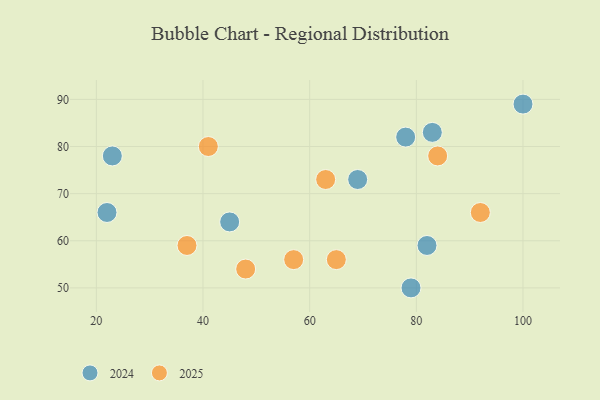
{"axis": {"x": "GDP", "y": "Life Expectancy"}, "legend": ["2024", "2025"], "data": [{"x": "83", "y": 83, "type": "2024"}, {"x": "23", "y": 78, "type": "2024"}, {"x": "45", "y": 64, "type": "2024"}, {"x": "69", "y": 73, "type": "2024"}, {"x": "22", "y": 66, "type": "2024"}, {"x": "82", "y": 59, "type": "2024"}, {"x": "100", "y": 89, "type": "2024"}, {"x": "78", "y": 82, "type": "2024"}, {"x": "79", "y": 50, "type": "2024"}, {"x": "84", "y": 78, "type": "2025"}, {"x": "65", "y": 56, "type": "2025"}, {"x": "48", "y": 54, "type": "2025"}, {"x": "57", "y": 56, "type": "2025"}, {"x": "41", "y": 80, "type": "2025"}, {"x": "37", "y": 59, "type": "2025"}, {"x": "63", "y": 73, "type": "2025"}, {"x": "92", "y": 66, "type": "2025"}]}